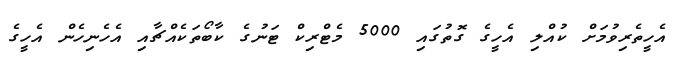
އެހީތެރިވުމަށް ކުއްލި އެހީގެ ގޮތުގައި 5000 މެޓްރިކް ޓަނުގެ ކާބޯތަކެއްޗާއި އެހެނިހެން އެހީގެ